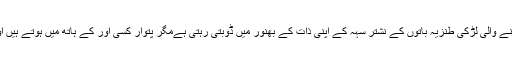
ان باتوں سے شوہر صاحب تو بےنیازی کی بکل مار ہی لیتے ہیں ، آنے والی لڑکی طنزیہ باتوں کے نشتر سہہ کے اپنی ذات کے بھنور میں ڈوبتی رہتی ہےمگر پتوار کسی اور کے ہاتھ میں ہوتے ہیں اورمانجھی کو اس کے ڈوبنے یا تیرنے سے کوئی دلچسپی نہیں رہتی۔